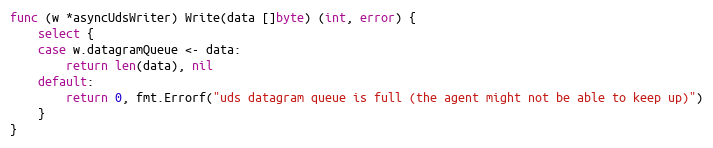
Language: Go
func (w *asyncUdsWriter) Write(data []byte) (int, error) {
	select {
	case w.datagramQueue <- data:
		return len(data), nil
	default:
		return 0, fmt.Errorf("uds datagram queue is full (the agent might not be able to keep up)")
	}
}